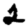
Digit: 2